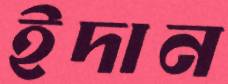
ইদান